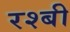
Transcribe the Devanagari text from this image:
रश्बी